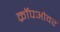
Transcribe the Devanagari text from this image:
क्रॉपओवर